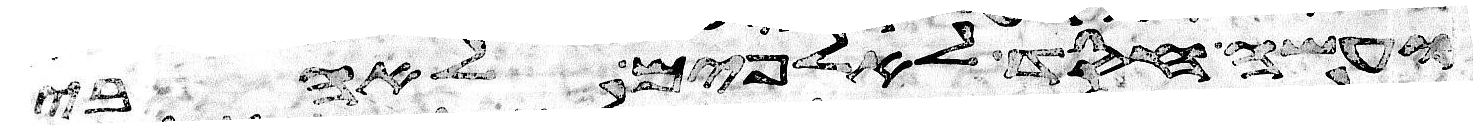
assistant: ועשה חסד לאלפים לאהבי